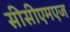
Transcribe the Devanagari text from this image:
सीसीएमएज